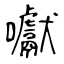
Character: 囐